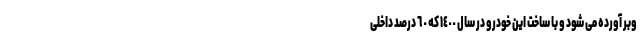
وبر آورده می شود و با ساخت این خودرو در سال ١٤٠٠ که ٦٠ درصد داخلی